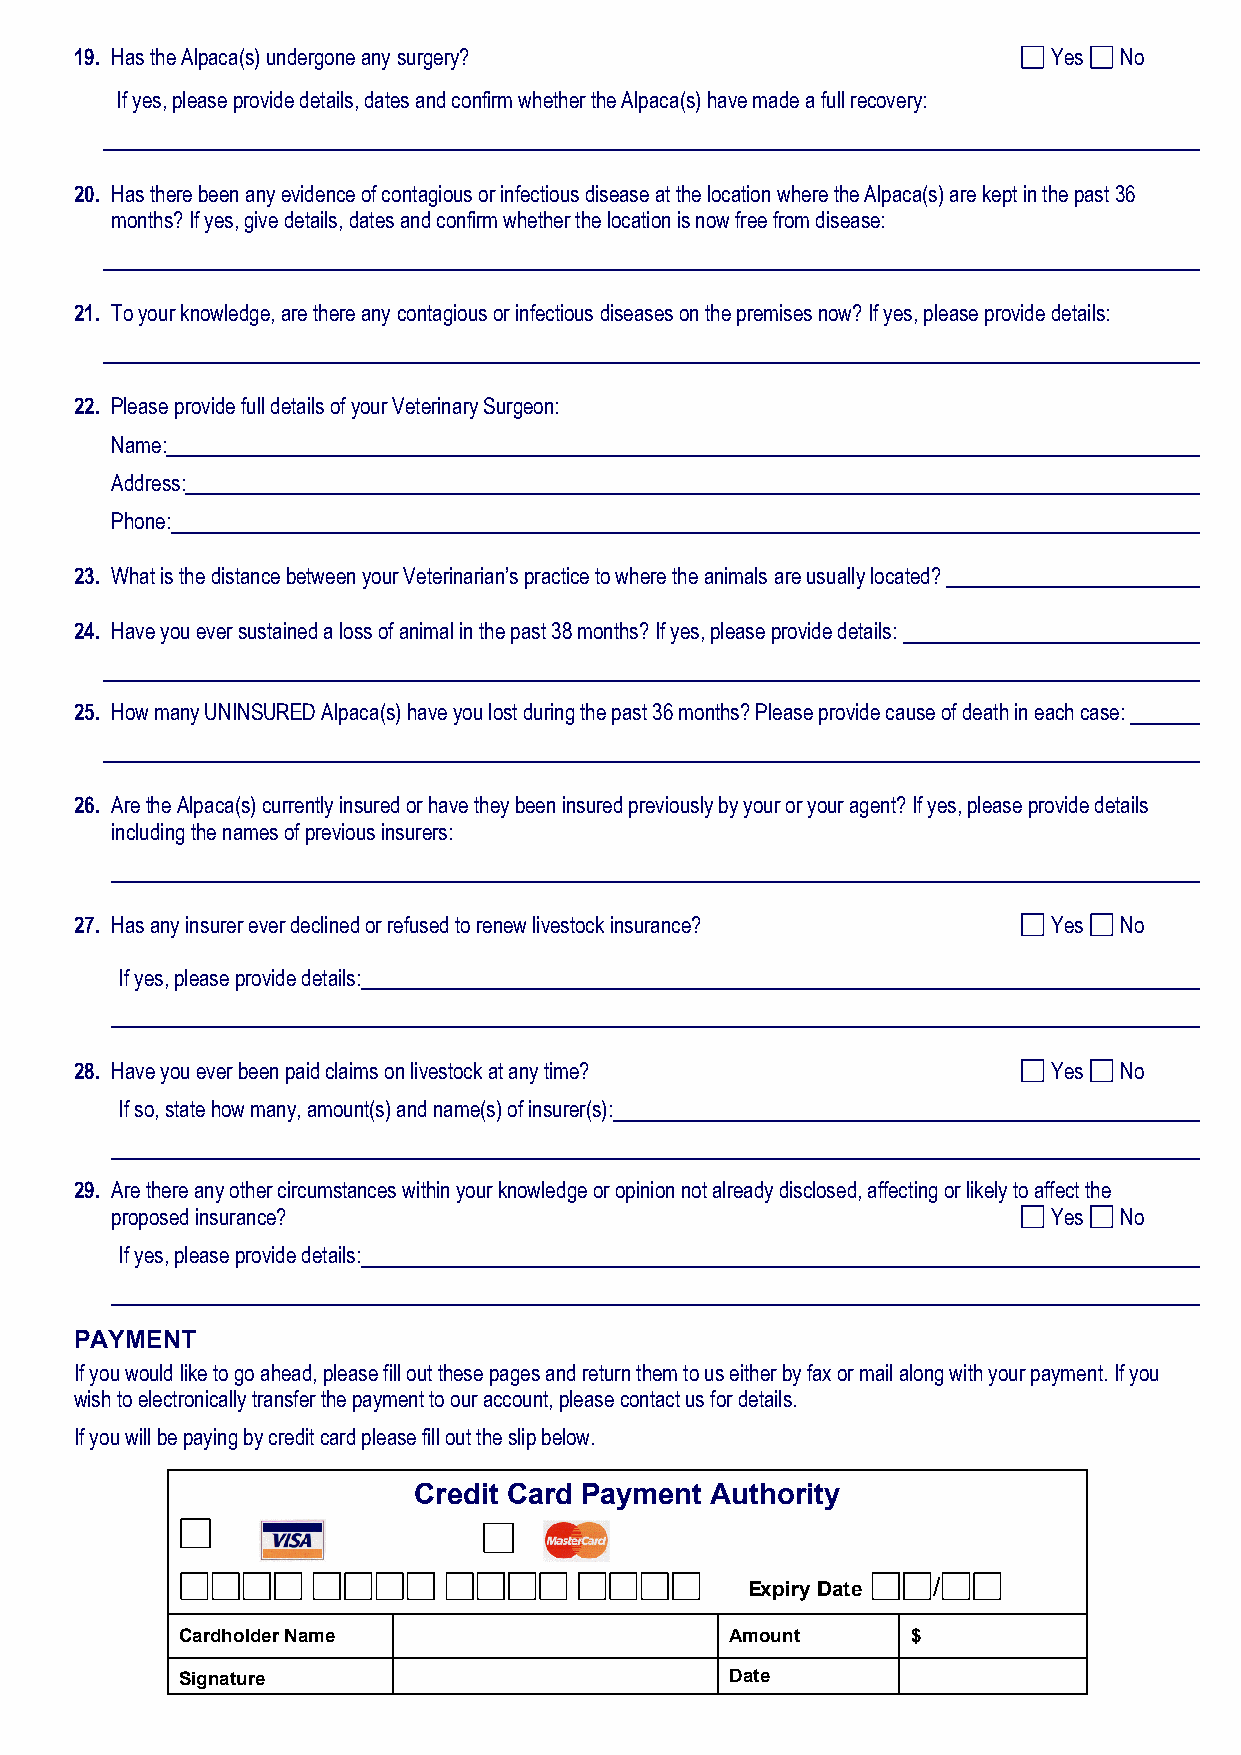
19. Has the Alpaca(s) undergone any surgery?                     Yes No
 If yes, please provide details, dates and confirm whether the Alpaca(s) have made a full recovery:
 20. Has there been any evidence of contagious or infectious disease at the location where the Alpaca(s) are kept in the past 36
 months? If yes, give details, dates and confirm whether the location is now free from disease:
 21. To your knowledge, are there any contagious or infectious diseases on the premises now? If yes, please provide details:
 22. Please provide full details of your Veterinary Surgeon:
 Name:
 Address:
 Phone:
 23. What is the distance between your Veterinarian’s practice to where the animals are usually located?
 24. Have you ever sustained a loss of animal in the past 38 months? If yes, please provide details:
 25. How many UNINSURED Alpaca(s) have you lost during the past 36 months? Please provide cause of death in each case:
 26. Are the Alpaca(s) currently insured or have they been insured previously by your or your agent? If yes, please provide details
 including the names of previous insurers:
 27. Has any insurer ever declined or refused to renew livestock insurance? Yes No
 If yes, please provide details:
 28. Have you ever been paid claims on livestock at any time?     Yes No
 If so, state how many, amount(s) and name(s) of insurer(s):
 29. Are there any other circumstances within your knowledge or opinion not already disclosed, affecting or likely to affect the
 proposed insurance?                                            Yes No
 If yes, please provide details:
 PAYMENT
 If you would like to go ahead, please fill out these pages and return them to us either by fax or mail along with your payment. If you
 wish to electronically transfer the payment to our account, please contact us for details.
 If you will be paying by credit card please fill out the slip below.
 Credit Card Payment Authority
 Expiry Date  /
 Cardholder Name                     Amount      $
 Signature                           Date